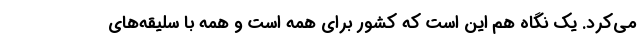
می‌کرد. یک نگاه هم این است که کشور برای همه است و همه با سلیقه‌های